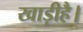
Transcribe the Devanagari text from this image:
खाड़ीहै।